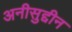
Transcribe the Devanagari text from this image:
अनीसुद्दीन